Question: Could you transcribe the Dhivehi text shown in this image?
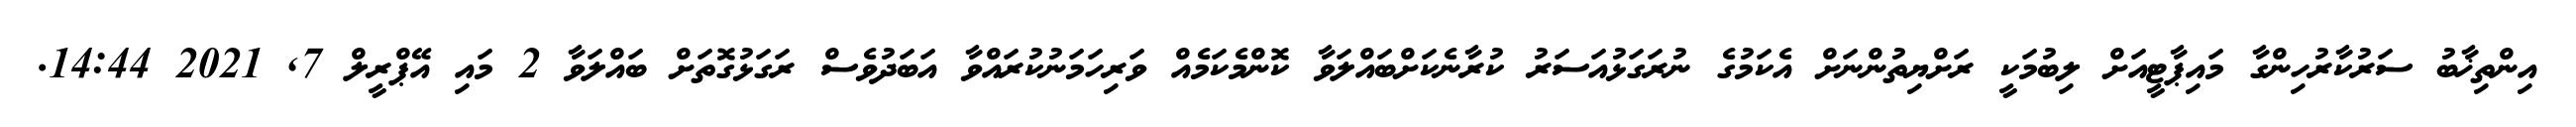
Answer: އިންތިޚާބު ސަރުކާރުހިންގާ މައިޕާޓީއަށް ލިބުމަކީ ރަށްޔިތުންނަށް އެކަމުގެ ނުރަގަޅުއަސަރު ކުރާނެކަށްބައްލަވާ ކޮންމެކަމެއް ވަރިހަމަނުކުރައްވާ އަބަދުވެސް ރަގަޅުގޮތަށް ބައްލަވާ 2 މައި އޭޕްރީލް 7, 2021 14:44.